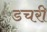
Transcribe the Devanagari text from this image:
डचरी